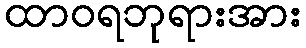
ထာဝရဘုရားအား